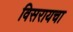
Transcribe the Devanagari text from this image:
विसरायचा